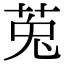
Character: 莵